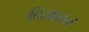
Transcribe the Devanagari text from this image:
दिसातयं